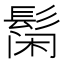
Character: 𲌞